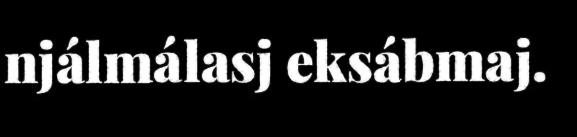
njálmálasj eksábmaj.